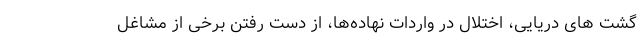
گشت های دریایی، اختلال در واردات نهاده‌ها، از دست رفتن برخی از مشاغل